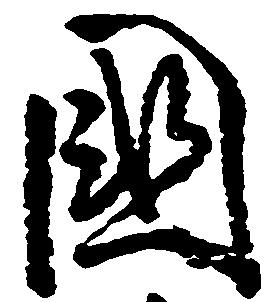
国